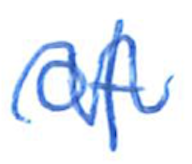
Text: of
Cross-out: mix
Writing tool: ballpoint